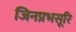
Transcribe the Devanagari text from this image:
जिनप्रभसूरि